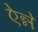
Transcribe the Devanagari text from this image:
ऐन्ने